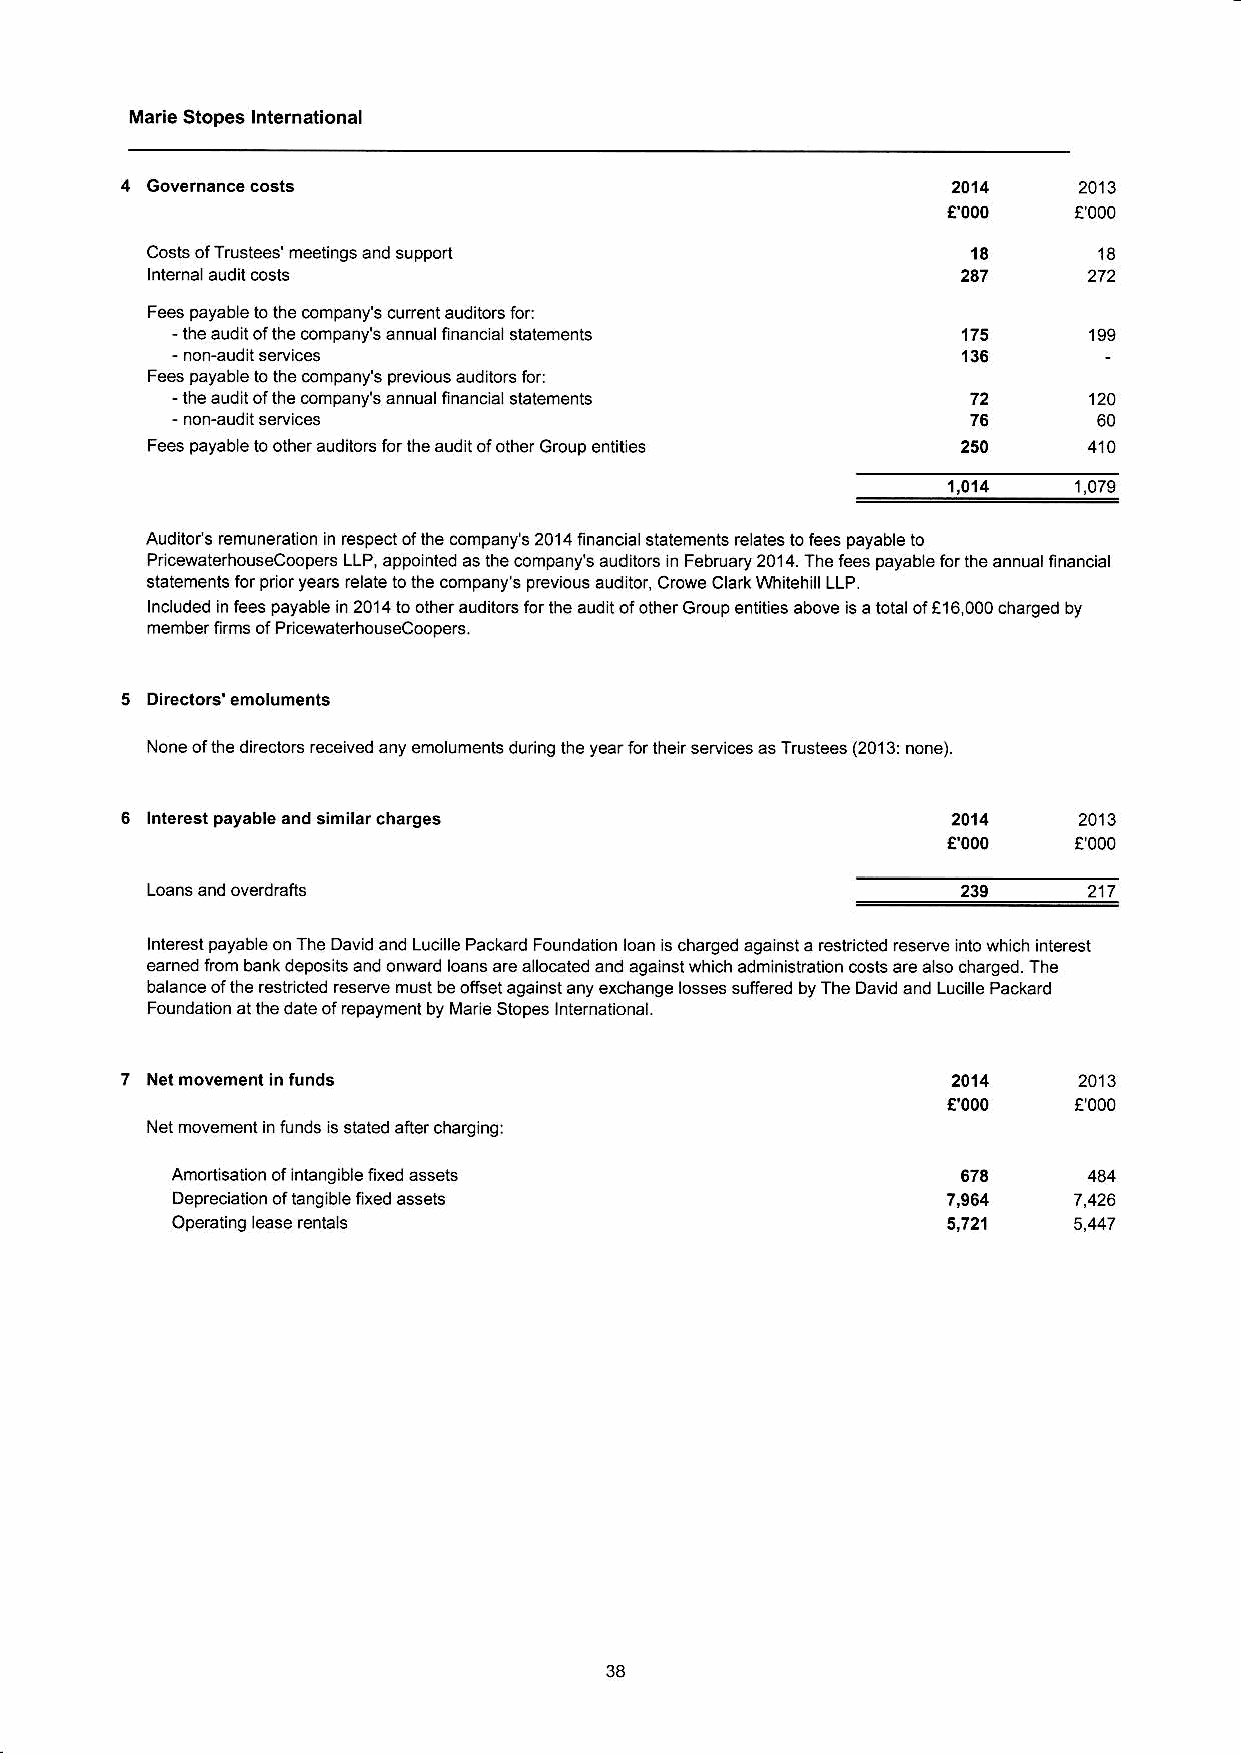
IUarie Stopes lnternational
 4
 Governance costs                                     2014    2413
 €000    !000
 Costs of Trustees' meetings and support               't8
 lnternal audit costs                                  247     272
 Fees payable to the company's cuneni auditors ior:
 - lh€ audii ol the company's annual financjal stalements 175 ,n:
 - nonaudit setuices                                  136
 Fee payable to the company's previous audilo.s icr:
 - trre audil oI the company's a.nual finanoal statemsnts 72  124
 - non{udit services                                  76       €0
 Fees payabl€ to olher audilorc for lhe audii of other Group entities 250 410
 1,014   1,079
 Audilois remuneration in respect of lhe company's 2014 ,inancial staiements relaies to fees payableto
 Pncewaterhouseooope6 LLP, appoint€d as ths company's audllorc in Febtuary 2014. The fees payable for ihe annuallinancial
 statements for prior years relate to the company's previous auditor, Crowe Clark !ryhilehillLLP.
 lncluded in fees payable in 2014 to oiher auditoE for lhe audii oi other Group eniities above is a totaloill6 000 charced by
 member firms of PriceMterhousecoopers.
 5 Dkectors' smoluments
 None ofthe direcloB received any efroluments during the year ior lheir setuices as Trustees (2013: none).
 6
 lntercst payable and slmllar charges                 2014    2013
 €000    !000
 Loans and ovedEfts                                            217
 lnteEt payable on The David and Lucille Packard Foundaiion loan is charyed against a rcslricted leserue inio which interest
 eahed Ircm bankdopositsand onwad loans arcallocaled and againsiwhich administration cosrs arc also charged. The
 balance ol the resincted rcserue must be ofiset against any exchange losses suffered by The David and Lrcille Packard
 Foundation ai lhe date of repaymeni by I',lane Stopes lntemaiional.
 7 Net movement ln funds                                2014    2013
 €'000   !'000
 Net movementinfunds is stated aft€rcharglng:
 Amortisation of lntangible fixed assets              678     444
 Depreciaiion of ianglbls Rxed assels               7,964   7,426
 OpeEting lease renials                                      5,447
 38